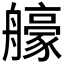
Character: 𦪳